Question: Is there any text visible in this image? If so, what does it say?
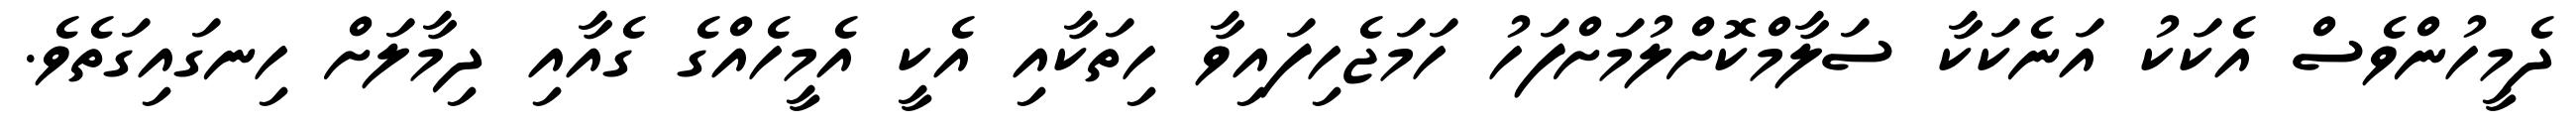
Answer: ދެމީހުންވެސް އެކަކު އަނެކަކާ ސަލާމްކޮށްލުމަށްފަހު ހަމަޖެހިފައިވާ ހިތަކާއި އެކީ އެމީހެއްގެ ގެއާއި ދިމާލަށް ހިނގައިގަތެވެ.